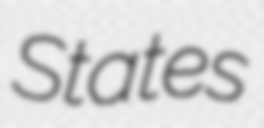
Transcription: States